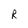
Character: R